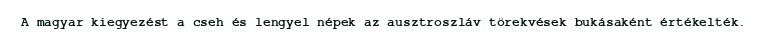
A magyar kiegyezést a cseh és lengyel népek az ausztroszláv törekvések bukásaként értékelték.